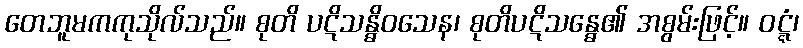
တေဘူမကကုသိုလ်သည်။ စုတိ ပဋိသန္ဓိဝသေန၊ စုတိပဋိသန္ဓေ၏ အစွမ်းဖြင့်။ ဝဋ္ဋံ၊